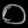
Digit: ၀